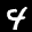
Label: 4